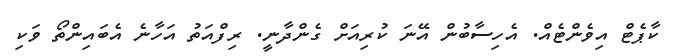
ކާޕެޓް އިވެންޓެއް. އެހިސާބުން އޭނަ ކުރިއަށް ގެންދާނީ. ރިފްއަތު އަހާނެ އެބައިންތޯ ވަކި